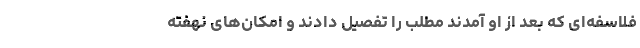
فلاسفه‌ای که بعد از او آمدند مطلب را تفصیل دادند و امکان‌های نهفته